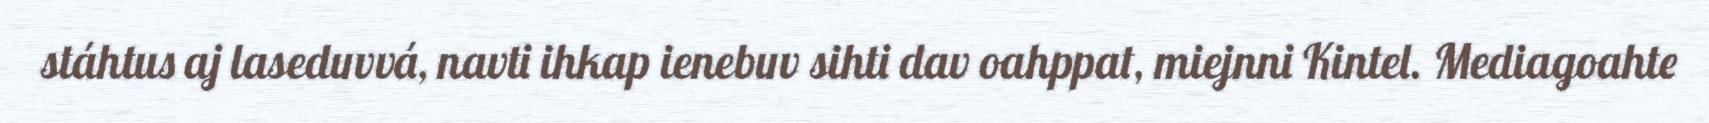
stáhtus aj laseduvvá, navti ihkap ienebuv sihti dav oahppat, miejnni Kintel. Mediagoahte